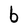
Character: b